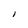
Character: I